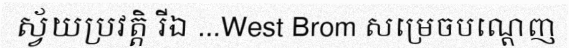
ស្វ័យប្រវត្តិ រីឯ ...West Brom សម្រេចបណ្តេញ